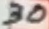
Text: 30